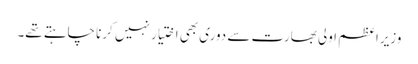
وزیراعظم اولی بھارت سے دوری بھی اختیار نہیں کرنا چاہتے تھے۔